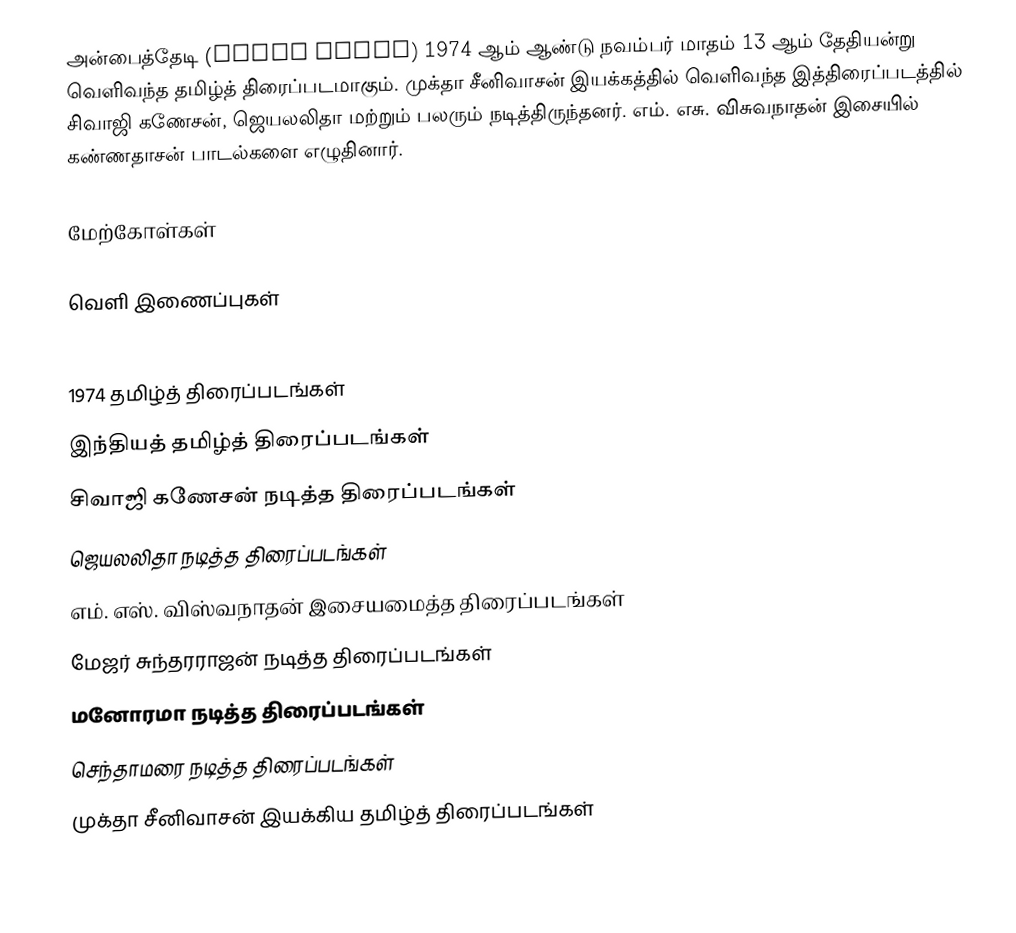
அன்பைத்தேடி (Anbai Thedi) 1974 ஆம் ஆண்டு நவம்பர் மாதம் 13 ஆம் தேதியன்று வெளிவந்த தமிழ்த் திரைப்படமாகும். முக்தா சீனிவாசன் இயக்கத்தில் வெளிவந்த இத்திரைப்படத்தில் சிவாஜி கணேசன், ஜெயலலிதா மற்றும் பலரும் நடித்திருந்தனர். எம். எசு. விசுவநாதன் இசையில் கண்ணதாசன் பாடல்களை எழுதினார்.

மேற்கோள்கள்

வெளி இணைப்புகள்

1974 தமிழ்த் திரைப்படங்கள்
இந்தியத் தமிழ்த் திரைப்படங்கள்
சிவாஜி கணேசன் நடித்த திரைப்படங்கள்
ஜெயலலிதா நடித்த திரைப்படங்கள்
எம். எஸ். விஸ்வநாதன் இசையமைத்த திரைப்படங்கள்
மேஜர் சுந்தரராஜன் நடித்த திரைப்படங்கள்
மனோரமா நடித்த திரைப்படங்கள்
செந்தாமரை நடித்த திரைப்படங்கள்
முக்தா சீனிவாசன் இயக்கிய தமிழ்த் திரைப்படங்கள்